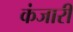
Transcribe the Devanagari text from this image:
कंजारी